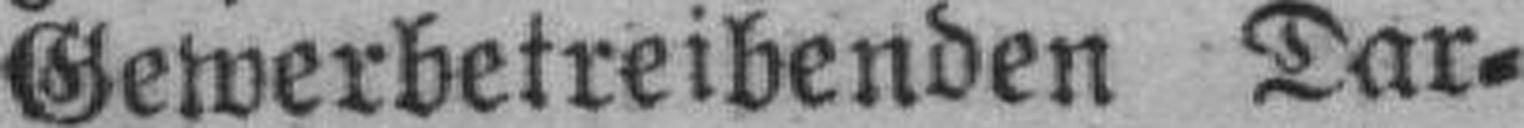
Gewerbetreibenden Dar¬